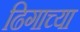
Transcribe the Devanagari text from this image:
ढिगाच्या